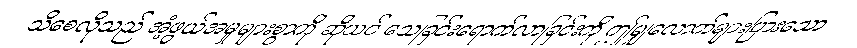
သိစေလိုသည် အံ့ဖွယ်အမှုများစွာကို ဆိုယင် သေခြင်းရောက်လာခြင်းကို ဤမျှလောက်များပြားသော